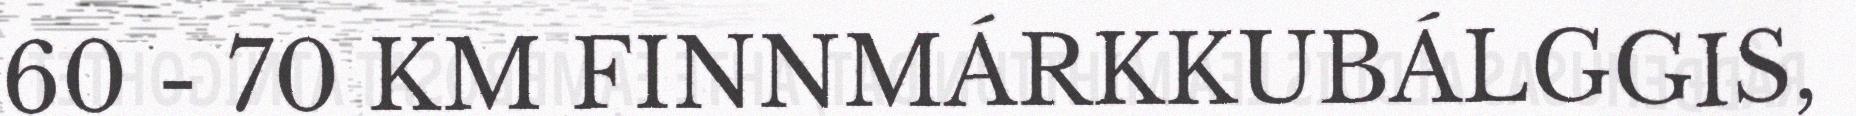
60 - 70 KM FINNMÁRKKUBÁLGGIS,